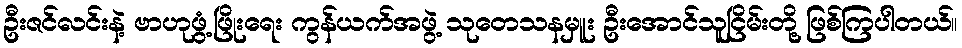
ဦးဇင်လင်းနဲ့ ဗာဟုဖွံ့ဖြိုးရေး ကွန်ယက်အဖွဲ့ သုတေသနမှူး ဦးအောင်သူငြိမ်းတို့ ဖြစ်ကြပါတယ်။